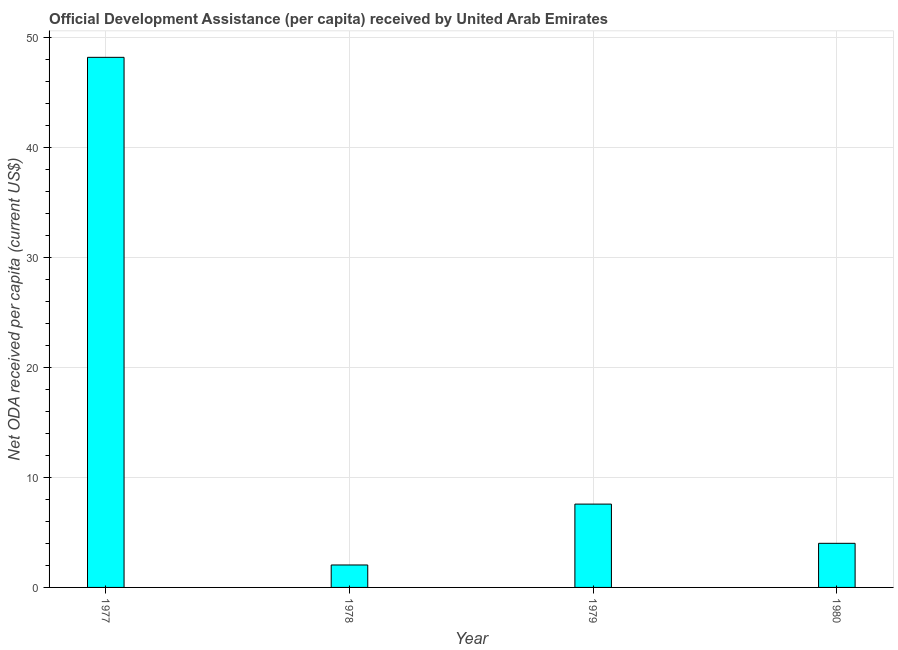
| Year | Net ODA received per capita |
 | --- | --- |
 | 1977 | 48.2 |
 | 1978 | 2.04 |
 | 1979 | 7.58 |
 | 1980 | 4.01 |